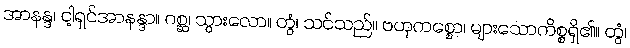
အာနန္ဒ၊ ငါ့ရှင်အာနန္ဒာ။ ဂစ္ဆ၊ သွားလော။ တွံ၊ သင်သည်။ ဗဟုကစ္စော၊ များသောကိစ္စရှိ၏။ တွံ၊